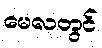
မေလတွင်